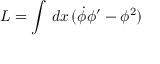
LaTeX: L = \int \, d x \, ( \dot { \phi } \phi ^ { \prime } - \phi ^ { 2 } )